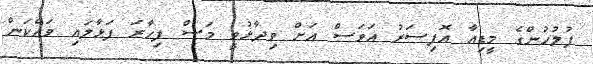
ފުލުހުންގެ މީޑިއާ އޮފިސަރު އަވަސް އަށް ވިދާޅުވީ މަސް ފިހާރަ ފަޅާލައި ވައްކަން